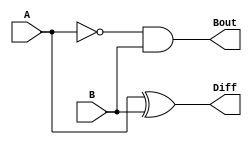
`timescale 1ns / 1ps

module Half_Subtractor(
    input A,
    input B,
    output Diff,
    output Bout
    );
    
    assign Diff = A ^ B;
    assign Bout = ~A & B;
endmodule